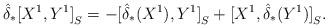
LaTeX: \begin{align*}\hat{\delta}_*{[X^1,Y^1]}_S=-{[\hat{\delta}_*(X^1),Y^1]}_S+{[X^1,\hat{\delta}_*(Y^1)]}_S.\end{align*}